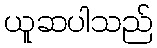
ယူဆပါသည်